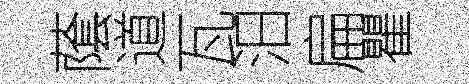
䕃道瓦汨扁瞿